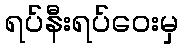
ရပ်နီးရပ်ဝေးမှ